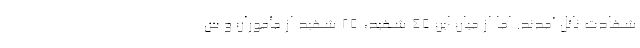
شهادت نائل آمدند. اما از میان این 45 شهید، 25 شهید از مأموران و س